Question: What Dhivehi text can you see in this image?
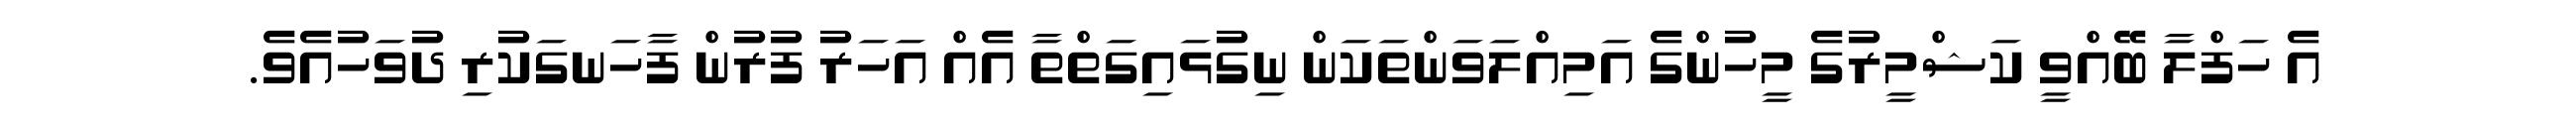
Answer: އެ ހަފްލާ ބޭއްވީ ކަޝްމީރުގެ މީހުންގެ އަމިއްލަވަންތަކަން ނިގުޅައިގަތްތާ އެއް އަހަރު ފުރުން ފާހަނގަކުރި ދުވަހުއެވެ.